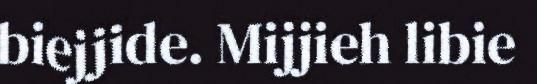
biejjide. Mijjieh libie